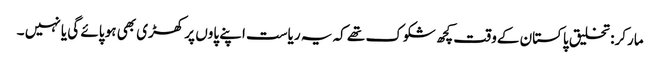
مارکر: تخلیق پاکستان کےو قت کچھ شکوک تھے کہ یہ ریاست اپنے پاوں پر کھڑی بھی ہو پائے گی یا نہیں ۔